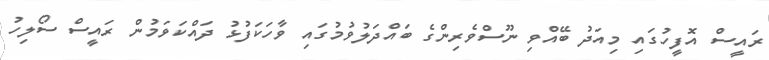
ރައީސް އޮފީހުގައި މިއަދު ބޭއްވި ނޫސްވެރިންގެ ބައްދަލުވުމުގައި ވާހަކަފުޅު ދައްކަވަމުން ރައީސް ސޯލިހު